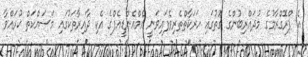
އެ ޕްރޮގްރާމުގެ މުދައްރިބުންގެ ގޮތުގައި ހަރަކާތްތެރިވެފައިވަނީ އެމްއެންޑީއެފްގެ އެކި ދާއިރާތަކުގައި މަސައްކަތް ކުރައްވާ